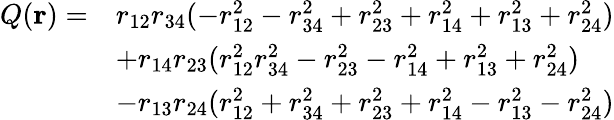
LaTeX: \begin{array}{rl}{Q(\mathbf{r})=}&{r_{12}r_{34}(-r_{12}^{2}-r_{34}^{2}+r_{23}^{2}+r_{14}^{2}+r_{13}^{2}+r_{24}^{2})}\\ &{+r_{14}r_{23}(r_{12}^{2}r_{34}^{2}-r_{23}^{2}-r_{14}^{2}+r_{13}^{2}+r_{24}^{2})}\\ &{-r_{13}r_{24}(r_{12}^{2}+r_{34}^{2}+r_{23}^{2}+r_{14}^{2}-r_{13}^{2}-r_{24}^{2})}\end{array}